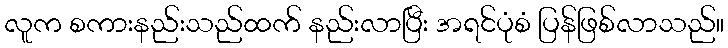
လူက စကားနည်းသည်ထက် နည်းလာပြီး အရင်ပုံစံ ပြန်ဖြစ်လာသည်။